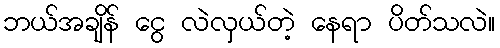
ဘယ်အချိန် ငွေ လဲလှယ်တဲ့ နေရာ ပိတ်သလဲ။